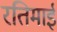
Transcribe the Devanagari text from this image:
रतिमाई